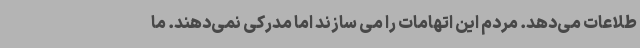
طلاعات می‌دهد. مردم این اتهامات را می سازند اما مدرکی نمی‌دهند. ما